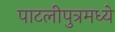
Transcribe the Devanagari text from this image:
पाटलीपुत्रमध्ये